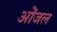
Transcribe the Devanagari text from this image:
ओंजल